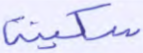
سكينة